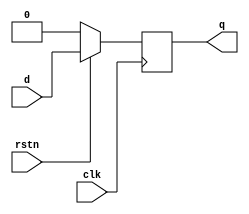
module dff(
		input d,
		input rstn,
		input clk,
		output q
	);

	reg q;
	always @ (posedge clk) begin
		if (!rstn) q <= 0;
		else q <= d;
	end
endmodule